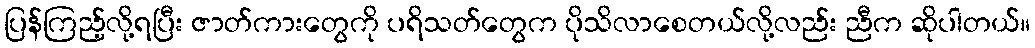
ပြန်ကြည့်လို့ရပြီး ဇာတ်ကားတွေကို ပရိသတ်တွေက ပိုသိလာစေတယ်လို့လည်း ညီက ဆိုပါတယ်။